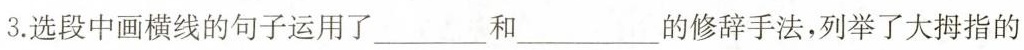
3.选段中画横线的句子运用了___和___的修辞手法，列举了大拇指的